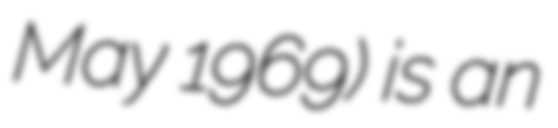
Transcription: May 1969) is an